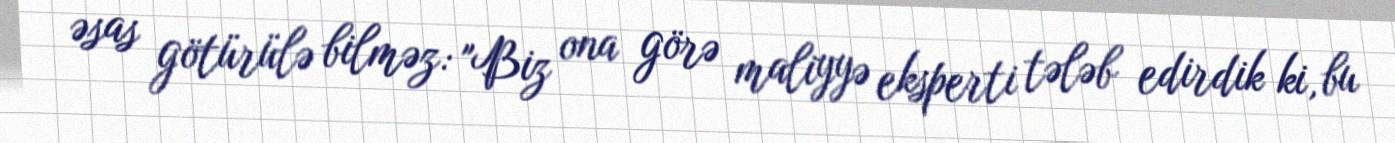
əsas götürülə bilməz: "Biz ona görə maliyyə eksperti tələb edirdik ki, bu